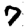
Digit: 7